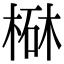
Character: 㮟